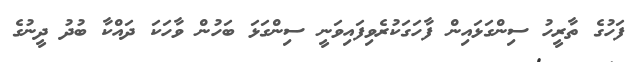
ފަހުގެ ތާރީހު ސިންގަޅައިން ފާހަގަކުރެވިފައިވަނީ ސިންގަޅަ ބަހުން ވާހަކަ ދައްކާ ބުދު ދީނުގެ